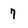
Character: 7